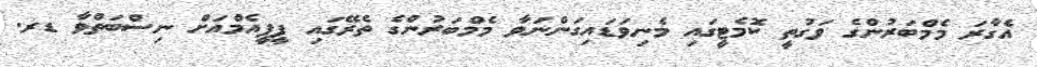
އެގާރަ މެމްބަރުންގެ ވަގުތީ ކޮމެޓީގައި މެނިވަޑައިގަންނަވާ މެމްބަރުންގެ ތެރޭގައި ޕީޕީއެމްއަށް ނިސްބަތްވާ ޑރ.